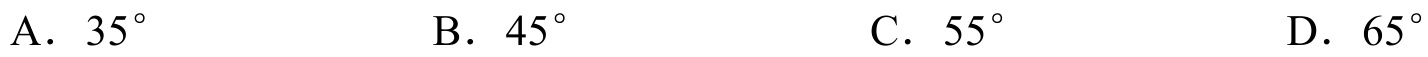
A．\(35^{\circ}\)  B．\(45^{\circ}\)  C．\(55^{\circ}\)  D．\(65^{\circ}\)